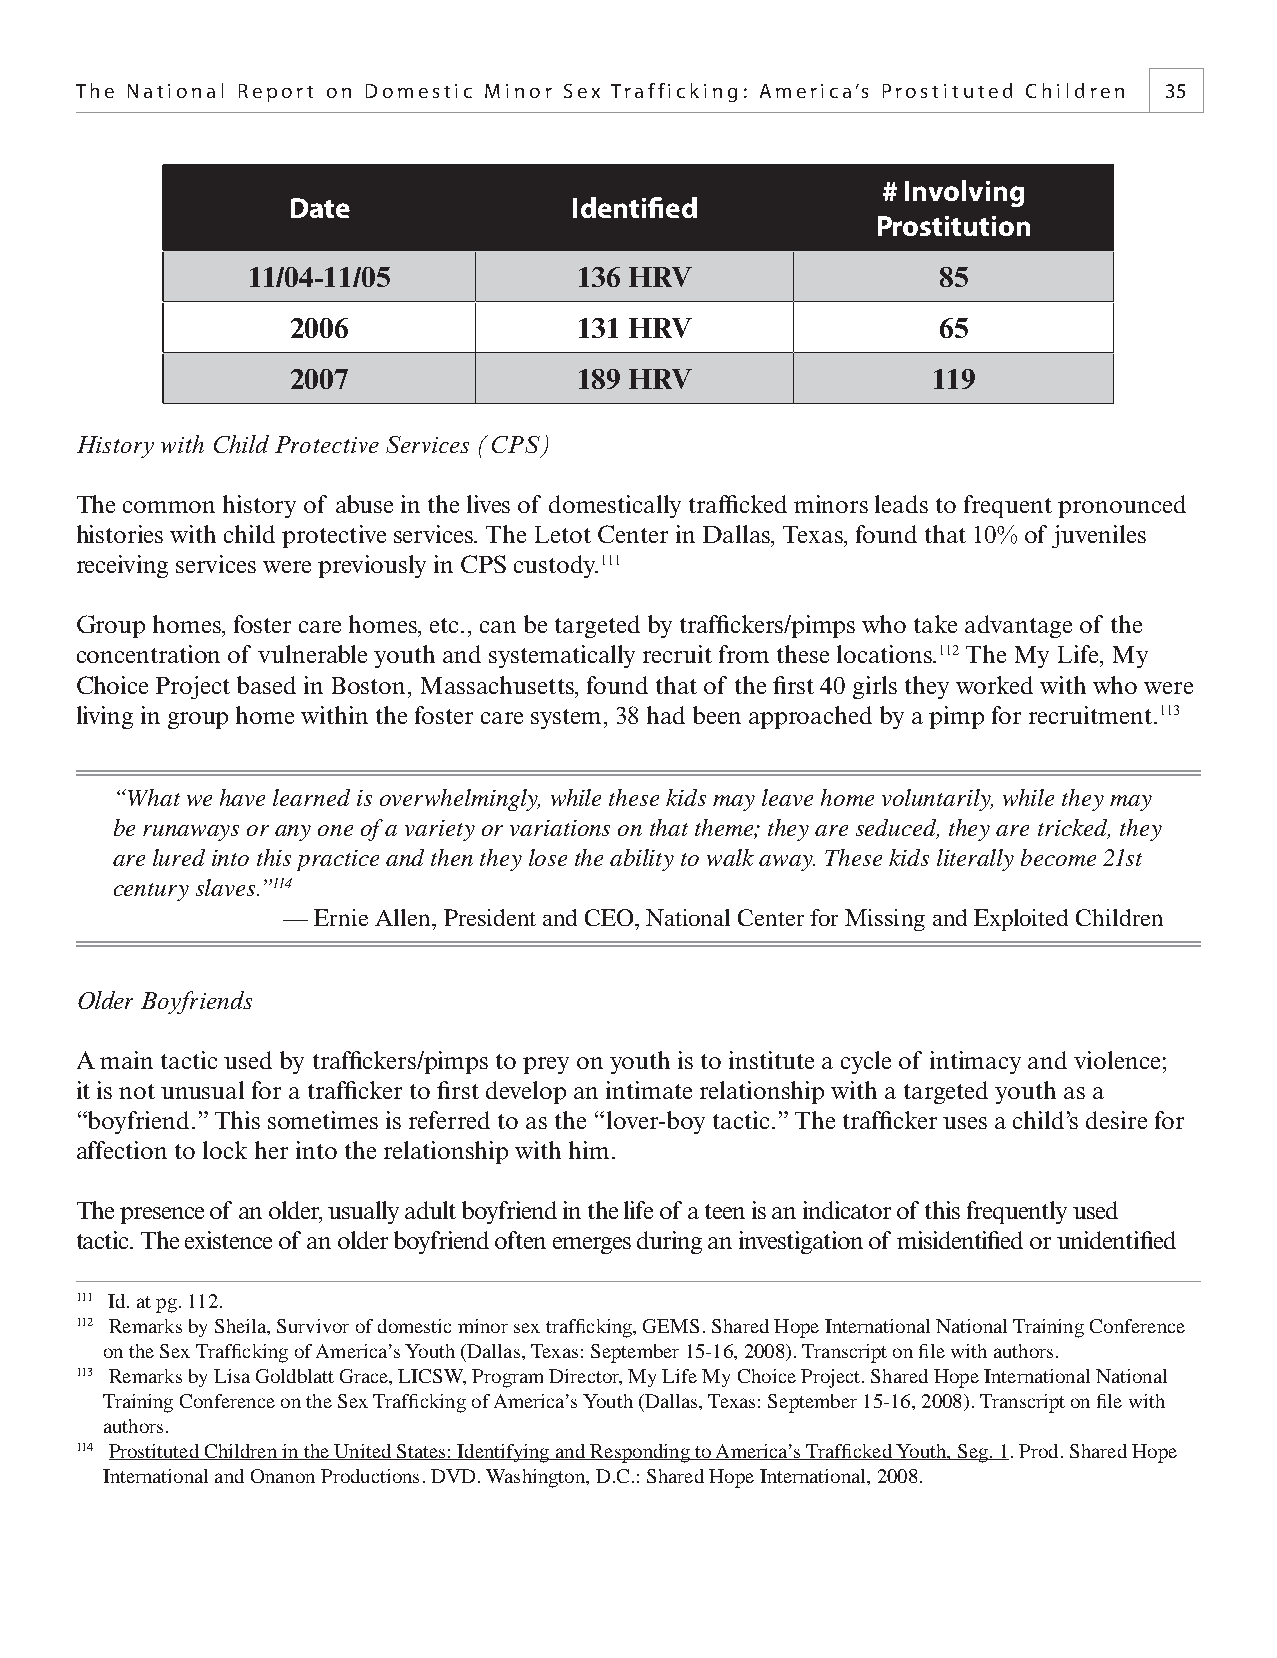
The National Report on Domestic Minor Sex Trafficking: America’s Prostituted Children 35
 # Involving
 Date               Identifi ed
 Prostitution
 11/04-11/05           136 HRV                 85
 2006               131 HRV                 65
 2007               189 HRV                 119
 History with Child Protective Services (CPS)
 The common history of abuse in the lives of domestically traffi cked minors leads to frequent pronounced
 histories with child protective services. The Letot Center in Dallas, Texas, found that 10% of juveniles
 receiving services were previously in CPS custody.111
 Group homes, foster care homes, etc., can be targeted by traffi ckers/pimps who take advantage of the
 concentration of vulnerable youth and systematically recruit from these locations.112 The My Life, My
 Choice Project based in Boston, Massachusetts, found that of the fi rst 40 girls they worked with who were
 living in group home within the foster care system, 38 had been approached by a pimp for recruitment.113
 “What we have learned is overwhelmingly, while these kids may leave home voluntarily, while they may
 be runaways or any one of a variety or variations on that theme; they are seduced, they are tricked, they
 are lured into this practice and then they lose the ability to walk away. These kids literally become 21st
 century slaves.”114
 — Ernie Allen, President and CEO, National Center for Missing and Exploited Children
 Older Boyfriends
 A main tactic used by traffi ckers/pimps to prey on youth is to institute a cycle of intimacy and violence;
 it is not unusual for a traffi cker to fi rst develop an intimate relationship with a targeted youth as a
 “boyfriend.” This sometimes is referred to as the “lover-boy tactic.” The traffi cker uses a child’s desire for
 affection to lock her into the relationship with him.
 The presence of an older, usually adult boyfriend in the life of a teen is an indicator of this frequently used
 tactic. The existence of an older boyfriend often emerges during an investigation of misidentifi ed or unidentifi ed
 111 Id. at pg. 112.
 112 Remarks by Sheila, Survivor of domestic minor sex traffi cking, GEMS. Shared Hope International National Training Conference
 on the Sex Traffi cking of America’s Youth (Dallas, Texas: September 15-16, 2008). Transcript on fi le with authors.
 113 Remarks by Lisa Goldblatt Grace, LICSW, Program Director, My Life My Choice Project. Shared Hope International National
 Training Conference on the Sex Traffi cking of America’s Youth (Dallas, Texas: September 15-16, 2008). Transcript on fi le with
 authors.
 114 Prostituted Children in the United States: Identifying and Responding to America’s Traffi cked Youth, Seg. 1. Prod. Shared Hope
 International and Onanon Productions. DVD. Washington, D.C.: Shared Hope International, 2008.